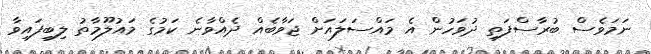
ނަމަވެސް ބުރާސްފަތި ދުވަހުން އެ މައްސަލައަށް ޖަވާބެއް ދެއްވާނެ ކަމުގެ މައުލޫމާތު ލިބިފައިވާ